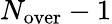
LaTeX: N_{\mathrm{over}}-1